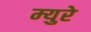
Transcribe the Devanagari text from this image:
म्‍युरे